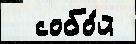
  собо́й